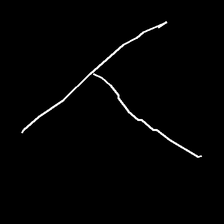
Glyph: column